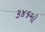
૩૪૬મો